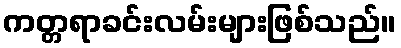
ကတ္တရာခင်းလမ်းများဖြစ်သည်။